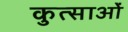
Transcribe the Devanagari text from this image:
कुत्साओं